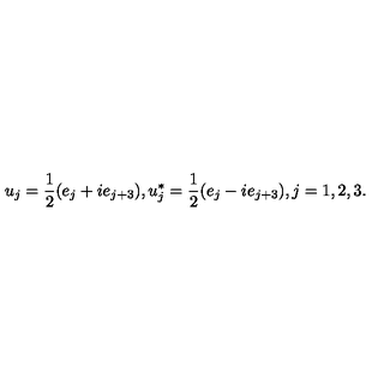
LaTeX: u _ { j } = \frac { 1 } { 2 } ( e _ { j } + i e _ { j + 3 } ) , u _ { j } ^ { * } = \frac { 1 } { 2 } ( e _ { j } - i e _ { j + 3 } ) , j = 1 , 2 , 3 .